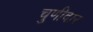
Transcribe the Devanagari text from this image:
चुणीदार